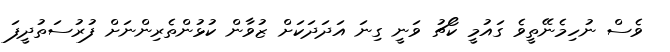
ވެސް ނުހިމެނޭތީވެ ގައުމީ ކޯޗު ވަނީ ގިނަ އަދަދަކަށް ޒުވާން ކުޅުންތެރިންނަށް ފުރުސަތުދީފަ